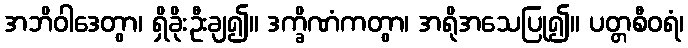
အဘိဝါဒေတွာ၊ ရှိခိုးဦးချ၍။ ဒက္ခိဏံကတွာ၊ အရိုအသေပြု၍။ ပတ္တစီဝရံ၊